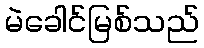
မဲခေါင်မြစ်သည်